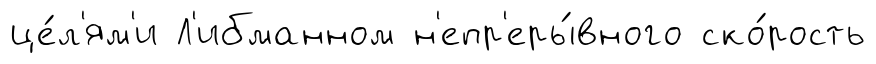
це́л'ям'и Л'ибманном н'епр'еры́вного ско́рость